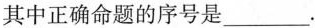
其中正确命题的序号是___。